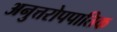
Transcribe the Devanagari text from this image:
अनुत्तरोपपातिक